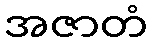
အဇာတံ